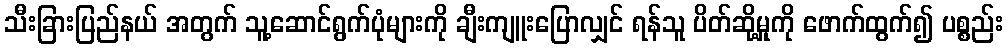
သီးခြားပြည်နယ် အတွက် သူ့ဆောင်ရွက်ပုံများကို ချီးကျူးပြောလျှင် ရန်သူ ပိတ်ဆို့မှုကို ဖောက်ထွက်၍ ပစ္စည်း